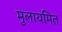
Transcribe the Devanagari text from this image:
मुलायमित